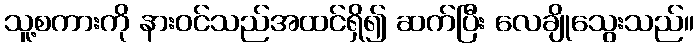
သူ့စကားကို နားဝင်သည်အထင်ရှိ၍ ဆက်ပြီး လေချိုသွေးသည်။